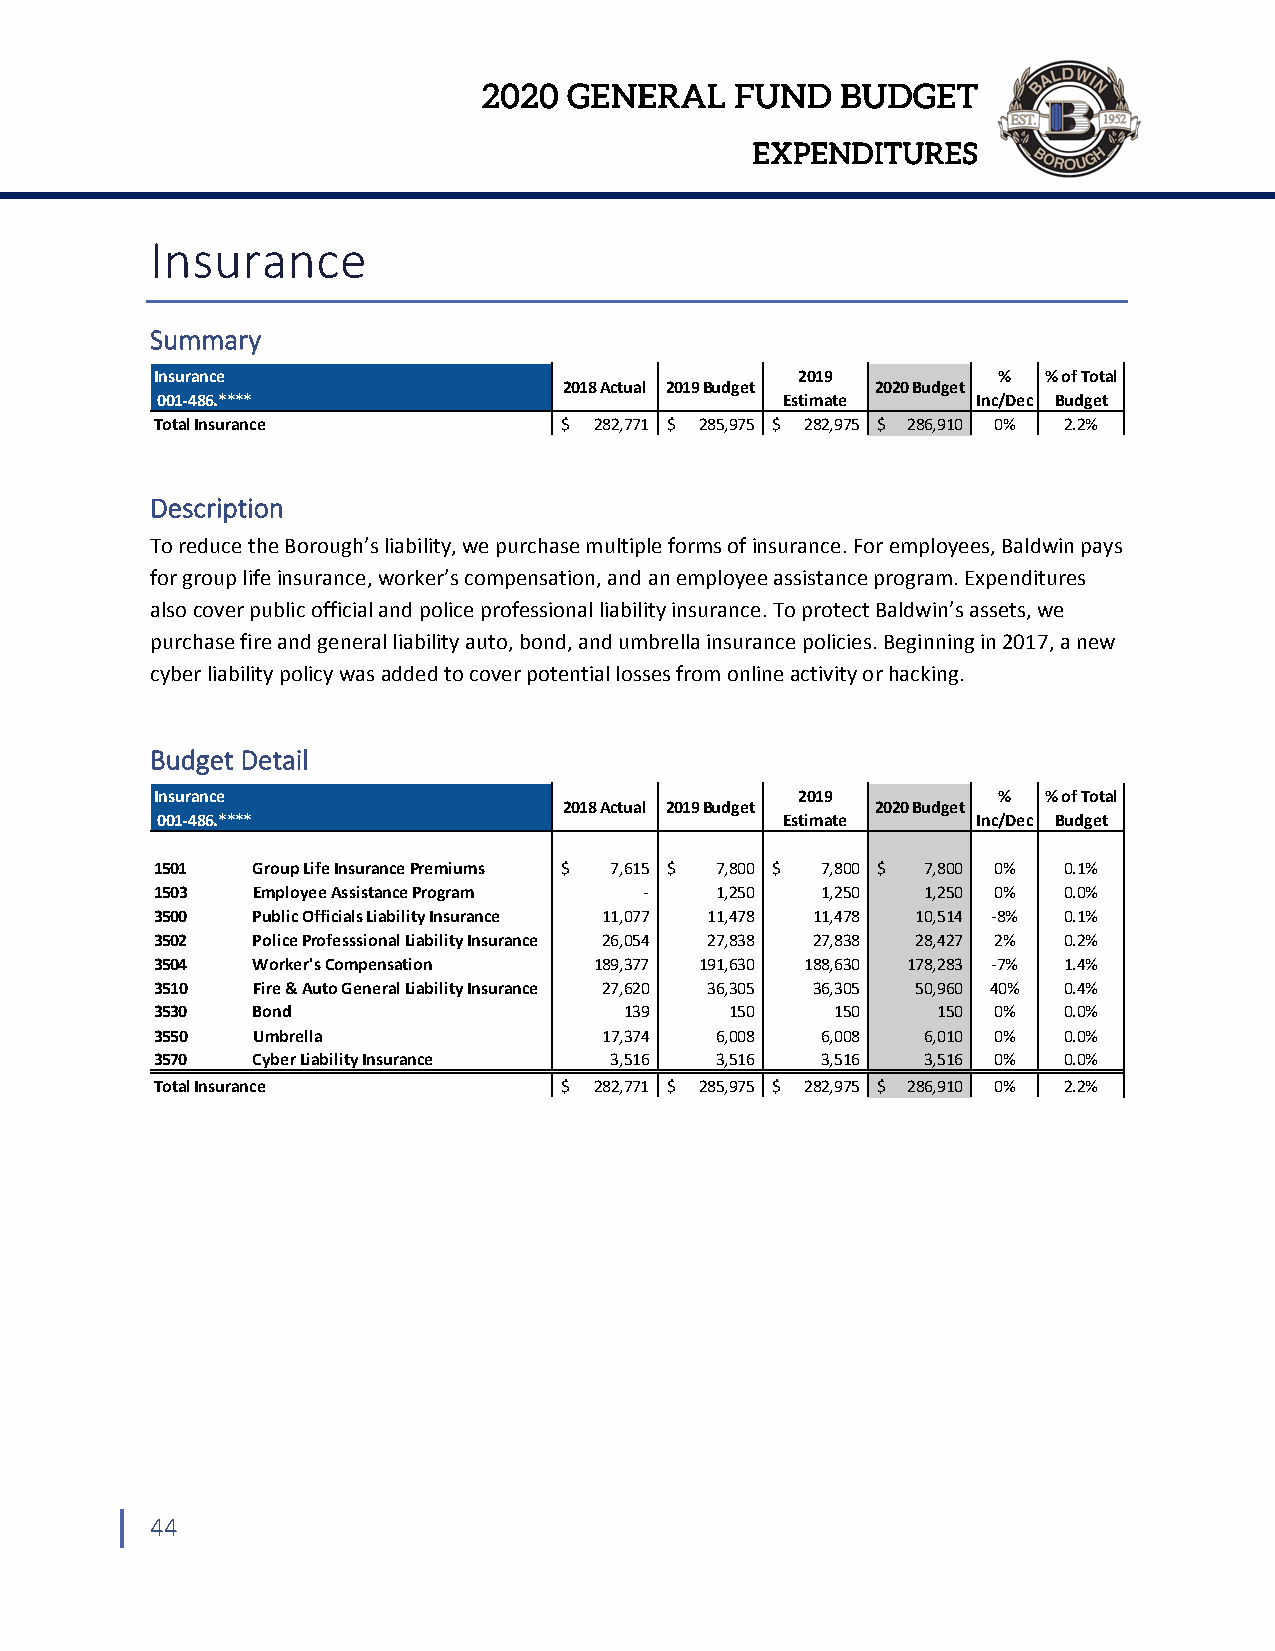
2020  GENERAL    FUND   BUDGET
 EXPENDITURES
 Insurance
 Summary
 Insurance                                  2019         %  % of Total
 2018 Actual 2019 Budget 2020 Budget
 001‐486.****                              Estimate     Inc/Dec Budget
 Total Insurance            $ 282,771 $ 285,975 $ 282,975 $ 286,910 0% 2.2%
 Description
 To reduce the Borough’s liability, we purchase multiple forms of insurance. For employees, Baldwin pays
 for group life insurance, worker’s compensation, and an employee assistance program. Expenditures
 also cover public official and police professional liability insurance. To protect Baldwin’s assets, we
 purchase fire and general liability auto, bond, and umbrella insurance policies. Beginning in 2017, a new
 cyber liability policy was added to cover potential losses from online activity or hacking.
 Budget Detail
 Insurance                                  2019         %  % of Total
 2018 Actual 2019 Budget 2020 Budget
 001‐486.****                              Estimate     Inc/Dec Budget
 1501   Group Life Insurance Premiums $ 7,615 $ 7,800 $ 7,800 $ 7,800 0% 0.1%
 1503   Employee Assistance Program ‐ 1,250  1,250  1,250 0% 0.0%
 3500   Public Officials Liability Insurance 11,077 11,478 11,478 10,514 ‐8% 0.1%
 3502   Police Professsional Liability Insurance 26,054 27,838 27,838 28,427 2% 0.2%
 3504   Worker's Compensation 189,377 191,630 188,630 178,283 ‐7% 1.4%
 3510   Fire & Auto General Liability Insurance 27,620 36,305 36,305 50,960 40% 0.4%
 3530   Bond                    139    150    150    150 0%  0.0%
 3550   Umbrella               17,374 6,008  6,008  6,010 0% 0.0%
 3570   Cyber Liability Insurance 3,516 3,516 3,516 3,516 0% 0.0%
 Total Insurance            $ 282,771 $ 285,975 $ 282,975 $ 286,910 0% 2.2%
 44